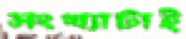
সংখ্যাটাই